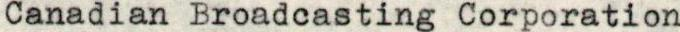
Canadian Broadcasting Corporation